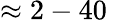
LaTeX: \approx 2-40\